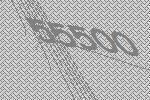
55500